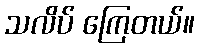
သလိပ် ကြေတယ်။